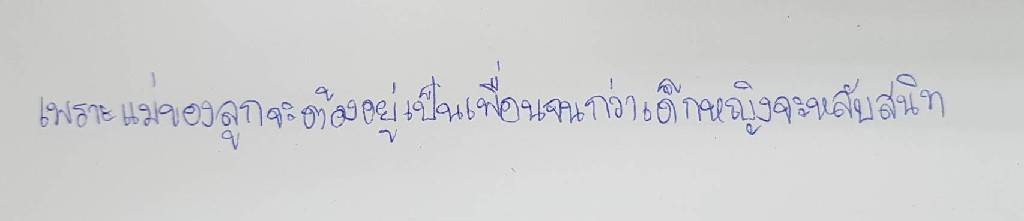
เพราะแม่ของลูกจะต้องอยู่เป็นเพื่อนจนกว่าเด็กหญิงจะหลับสนิท